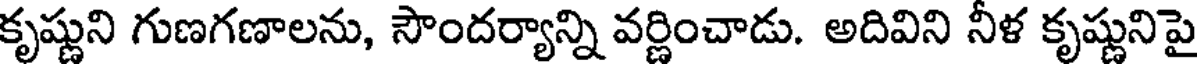
కృష్ణుని గుణగణాలను, సౌందర్యాన్ని వర్ణించాడు. అదివిని నీళ కృష్ణునిపై